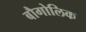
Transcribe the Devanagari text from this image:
बौगोलिक